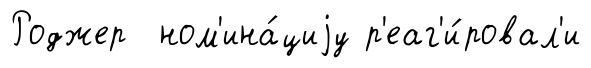
Роджер ном'ина́циjу р'еаг'и́ровал'и